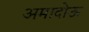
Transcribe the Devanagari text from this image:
अमादोऊ